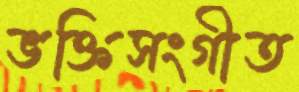
ভক্তিসংগীত